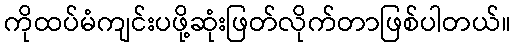
ကိုထပ်မံကျင်းပဖို့ဆုံးဖြတ်လိုက်တာဖြစ်ပါတယ်။